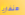
هنغاريا